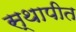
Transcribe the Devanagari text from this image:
स्‍थापीत